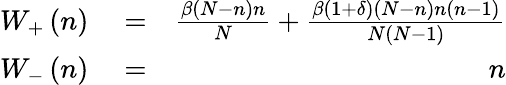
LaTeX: \begin{array}{rlr}{{W_{+}}\left(n\right)}&{{}=}&{\frac{{\beta\left({N-n}\right)n}}{N}+\frac{{\beta({1+\delta})\left({N-n}\right)n\left({n-1}\right)}}{{N\left({N-1}\right)}}}\\ {{W_{-}}\left(n\right)}&{{}=}&{n}\end{array}